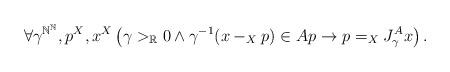
LaTeX: \begin{align*}\forall \gamma^{\mathbb{N}^\mathbb{N}},p^X,x^X\left(\gamma>_\mathbb{R}0\land\gamma^{-1}(x-_Xp)\in Ap\rightarrow p=_X J^A_{\gamma} x\right).\end{align*}